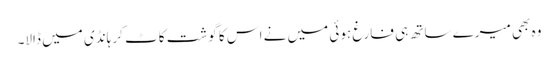
وہ بھی میرے ساتھ ہی فارغ ہوئی میں نے اس کا گوشت کاٹ کر ہانڈی میں ڈالا۔